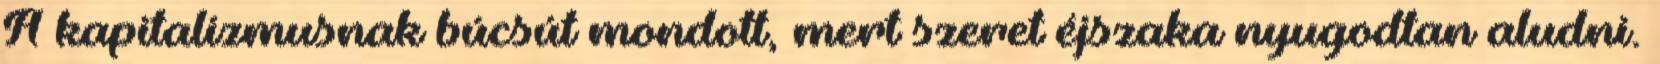
A kapitalizmusnak búcsút mondott, mert szeret éjszaka nyugodtan aludni.